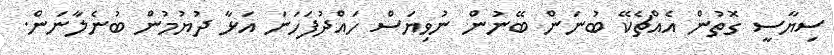
ސިޔާސީ ގޮތުން އެއްޗެކޭ ބުނަން ބޭނުން ނުވިޔަސް ހައްދުފަހަނަ އަޅާ ދުޔުމުން ބުނެލާނަން.